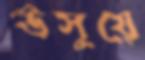
উসুয়ে